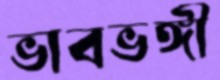
ভাবভঙ্গী